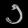
Digit: ၁